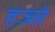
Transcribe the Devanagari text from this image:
हज्जे